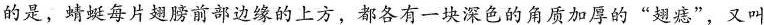
的是，蜻蜓每片翅膀前部边缘的上方，都各有一块深色的角质加厚的”翅痣”，又叫